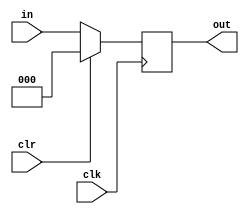
module Delay(in,out,clr,clk);
parameter N = 3;
input clr,clk;
input[N-1:0] in;
output reg[N-1:0] out;
always @(posedge clk) begin
    if(clr) out<={N{1'b0}};
    else out<=in;
end
endmodule
module location_memory(in,out,clk);
input[5:0] in;
input clk;
output reg[7:0] out;
reg[7:0] mem[0:63];
always @(posedge clk) begin
    if(in==8'hFF)out<={8{1'b1}};
    else begin
      out<=mem[in];
    end
end
endmodule
module location_memory_counter(out,clr,clk,com);
input clk,clr;
output reg com;
output[5:0] out;
reg[5:0] counter;
assign out=counter;
always @(posedge clk) begin
    if(clr)begin counter<=6'b000000;com<=1'b0; end
    else if(counter==6'b101100)begin counter<=6'b000000;com<=1'b1; end
    else begin counter<=counter+1;com<=1'b0; end
end
endmodule
module location_to_index(base_address,location_memory_out,memory_in);
parameter  N=32;
parameter M=256;
parameter width = 8;
parameter row = 5;
input[width-1:0] base_address;
input[width-1:0] location_memory_out;
output reg[width-1:0] memory_in;
always @(*) begin
    if(location_memory_out==8'b11111111)memory_in<=8'b11111111;
    else begin
      memory_in<={4'b0000,location_memory_out[7:4]}*row+{4'b0000,location_memory_out[3:0]};
    end
end
endmodule
module memory(index,data_in,clk);
parameter width =8;
parameter N = 32;
input clk;
input[width-1:0] index;
input[N-1:0] data_in;
reg[N-1:0] mem[0:256];
always @(posedge clk) begin
    if(index==8'b11111111)mem[index]<=8'b00000000;
    else mem[index]<=data_in;
end
endmodule
module mux(sel,out,in0,in1,in2,in3,in4);
parameter N =32;
input[2:0] sel;
output reg[N-1:0] out;
input[N-1:0] in0,in1,in2,in3,in4;
always @(*) begin
    case(sel)
    3'b000:out<=in0;
    3'b001:out<=in1;
    3'b010:out<=in2;
    3'b011:out<=in3;
    3'b100:out<=in4;
    default:begin out<={8{1'b0}};end
    endcase
end
endmodule
module mux_counter(out,clr,clk);
input clk,clr;
output[2:0] out;
reg[2:0] counter;
assign out=counter;
always @(posedge clk) begin
    if(clr)counter<=6'b000;
    else if(counter==6'b100)counter<=6'b000;
    else counter<=counter+1;
end
endmodule
module computational_block_write(LM_clr,mux_clr,com,mux_sel_out,base_address,clk,in0,in1,in2,in3,in4);
input LM_clr,mux_clr,clk;
output com;
output[2:0] mux_sel_out;
input[7:0] base_address;
input[31:0] in0,in1,in2,in3,in4;
wire[5:0] LM_counter_out;
wire[7:0] LM_data;
wire[7:0] mem_address;
wire[31:0] mem_data;
wire[2:0] mux_sel,d_mux_sel;
assign mux_sel_out=mux_sel;
location_memory_counter LMC(LM_counter_out,LM_clr,clk,com);
location_memory LM(LM_counter_out,LM_data,clk);
location_to_index LtoI(base_address,LM_data,mem_address);
memory MEM(mem_address,mem_data,clk);
mux_counter DMC(mux_sel,mux_clr,clk);
Delay D(mux_sel,d_mux_sel,mux_clr,clk);
mux DM(d_mux_sel,mem_data,in0,in1,in2,in3,in4);
endmodule
module controller_write(init,com,base_address_in,LM_clr,mux_clr,base_address,clk);
input init,com,clk;
input[7:0] base_address_in;
output reg LM_clr,mux_clr;
output reg[7:0] base_address;
reg[1:0] state;
parameter  S0=2'b00,S1=2'b01,S2=2'b10,S3=2'b11;
always @(posedge clk) begin
    case(state)
    S0:state<=init?S1:S0;
    S1:state<=S2;
    S2:state<=com?S0:S2;
    //S3:state<=com?S0:S3;
    endcase
end
always @(state) begin
    case(state)
    S0:begin LM_clr<=1'b1;mux_clr<=1'b1;base_address<=base_address_in; end
    S1:begin LM_clr<=1'b1;mux_clr<=1'b1; end
    S2:begin LM_clr<=1'b0;mux_clr<=1'b0; end
  //  S3:begin LM_clr<=1'b0;mux_clr<=1'b0; end
    endcase
end
endmodule
module SA_MEM(init,com,mux_clr_out,mux_sel_out,base_address,clk,in0,in1,in2,in3,in4);
input init,clk;
output com;
output mux_clr_out;
output[2:0] mux_sel_out;
input[7:0] base_address;
input[31:0] in0,in1,in2,in3,in4;
wire LM_clr,mux_clr;
wire[7:0] base_address_ctrl;
wire[2:0] mux_sel;
wire complete;
assign com=complete;
assign mux_clr_out=mux_clr;
assign mux_sel_out=mux_sel;
computational_block_write CB(LM_clr,mux_clr,complete,mux_sel,base_address_ctrl,clk,in0,in1,in2,in3,in4);
controller_write CN(init,complete,base_address,LM_clr,mux_clr,base_address_ctrl,clk);
endmodule
module signal_to_FIFO(mux_clr,mux_sel,read_en);
input mux_clr;
input[2:0] mux_sel;
output reg[4:0] read_en;
always @(*) begin
    case(mux_sel)
    3'b000:read_en<=mux_clr?5'b00000:5'b00001;
    3'b001:read_en<=mux_clr?5'b00000:5'b00010;
    3'b010:read_en<=mux_clr?5'b00000:5'b00100;
    3'b011:read_en<=mux_clr?5'b00000:5'b01000;
    3'b100:read_en<=mux_clr?5'b00000:5'b10000;
    default:read_en<=5'b00000;
    endcase
end
endmodule
module FIFO(clk,rst,buf_in,buf_out,wr_en,rd_en,buf_empty,buf_full);
parameter N=32;
input rst,clk,wr_en,rd_en;
input[N-1:0] buf_in;
output reg[N-1:0] buf_out;
output reg buf_empty,buf_full;
reg[6:0] fifo_counter;
reg[5:0] rd_ptr,wr_ptr;
reg[N-1:0] buf_mem[63:0];
always @(fifo_counter) begin
    buf_empty<=(fifo_counter==0);
    buf_full<=(fifo_counter==64);
end
always @(posedge clk or posedge rst)begin
    if(rst)fifo_counter<=0;
    else if((!buf_full && wr_en) && (!buf_empty && rd_en))fifo_counter<=fifo_counter;
    else if(!buf_full && wr_en) fifo_counter<=fifo_counter+1;
    else if(!buf_empty && rd_en)fifo_counter<=fifo_counter-1;
    else fifo_counter<=fifo_counter;
end
always @(posedge clk or posedge rst)begin
    if(rst)buf_out<=0;
    else begin
        if(rd_en && !buf_empty)
        buf_out<=buf_mem[rd_ptr];
        else
        buf_out<=buf_out;
    end
end
always @(posedge clk)begin
    if(wr_en && !buf_full)buf_mem[wr_ptr]<=buf_in;
    else buf_mem[wr_ptr]<=buf_mem[wr_ptr];
end
always @(posedge clk or posedge rst)begin
    if(rst)begin
        wr_ptr<=0;
        rd_ptr<=0;
    end
    else begin
        if(!buf_full && wr_en)wr_ptr<=wr_ptr+1;
        else wr_ptr<=wr_ptr;
        if(!buf_empty && rd_en)rd_ptr<=rd_ptr+1;
        else rd_ptr<=rd_ptr;
end
end
endmodule
// module Delay(in,out,clr,clk);
// parameter N = 3;
// input clr,clk;
// input[N-1:0] in;
// output reg[N-1:0] out;
// always @(posedge clk) begin
//     if(clr) out<={N{1'b0}};
//     else out<=in;
// end
// endmodule
module FIFO_MEM(init,com,clk,rst,wr_en,base_address,in0,in1,in2,in3,in4);
input init,clk,rst;
output com;
input[31:0] in0,in1,in2,in3,in4;
input[7:0] base_address;
input[4:0] wr_en;
wire[31:0] out0,out1,out2,out3,out4;
wire[4:0] rd_en,buf_empty,buf_full;
wire[2:0] mux_sel_out;
wire mux_clr_out;
wire en;
assign en=&buf_empty;
//input_of_FIFO IOF(init & ~en,com,de_mux_clr_out,dmux_sel_out,base_address,clk,in0,in1,in2,in3,in4);
SA_MEM SM(init & ~en,com,mux_clr_out,mux_sel_out,base_address,clk,out0,out1,out2,out3,out4);
FIFO F0(clk,rst,in0,out0,wr_en[0],rd_en[0],buf_empty[0],buf_full[0]);
FIFO F1(clk,rst,in1,out1,wr_en[1],rd_en[1],buf_empty[1],buf_full[1]);
FIFO F2(clk,rst,in2,out2,wr_en[2],rd_en[2],buf_empty[2],buf_full[2]);
FIFO F3(clk,rst,in3,out3,wr_en[3],rd_en[3],buf_empty[3],buf_full[3]);
FIFO F4(clk,rst,in4,out4,wr_en[4],rd_en[4],buf_empty[4],buf_full[4]);
signal_to_FIFO STF(mux_clr_out,mux_sel_out,rd_en);
endmodule